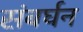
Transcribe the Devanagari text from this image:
संबर्घन